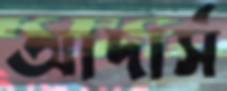
আদার্স